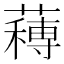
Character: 𮑼